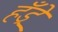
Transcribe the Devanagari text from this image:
हँड्रे